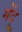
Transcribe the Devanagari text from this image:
मेंदु